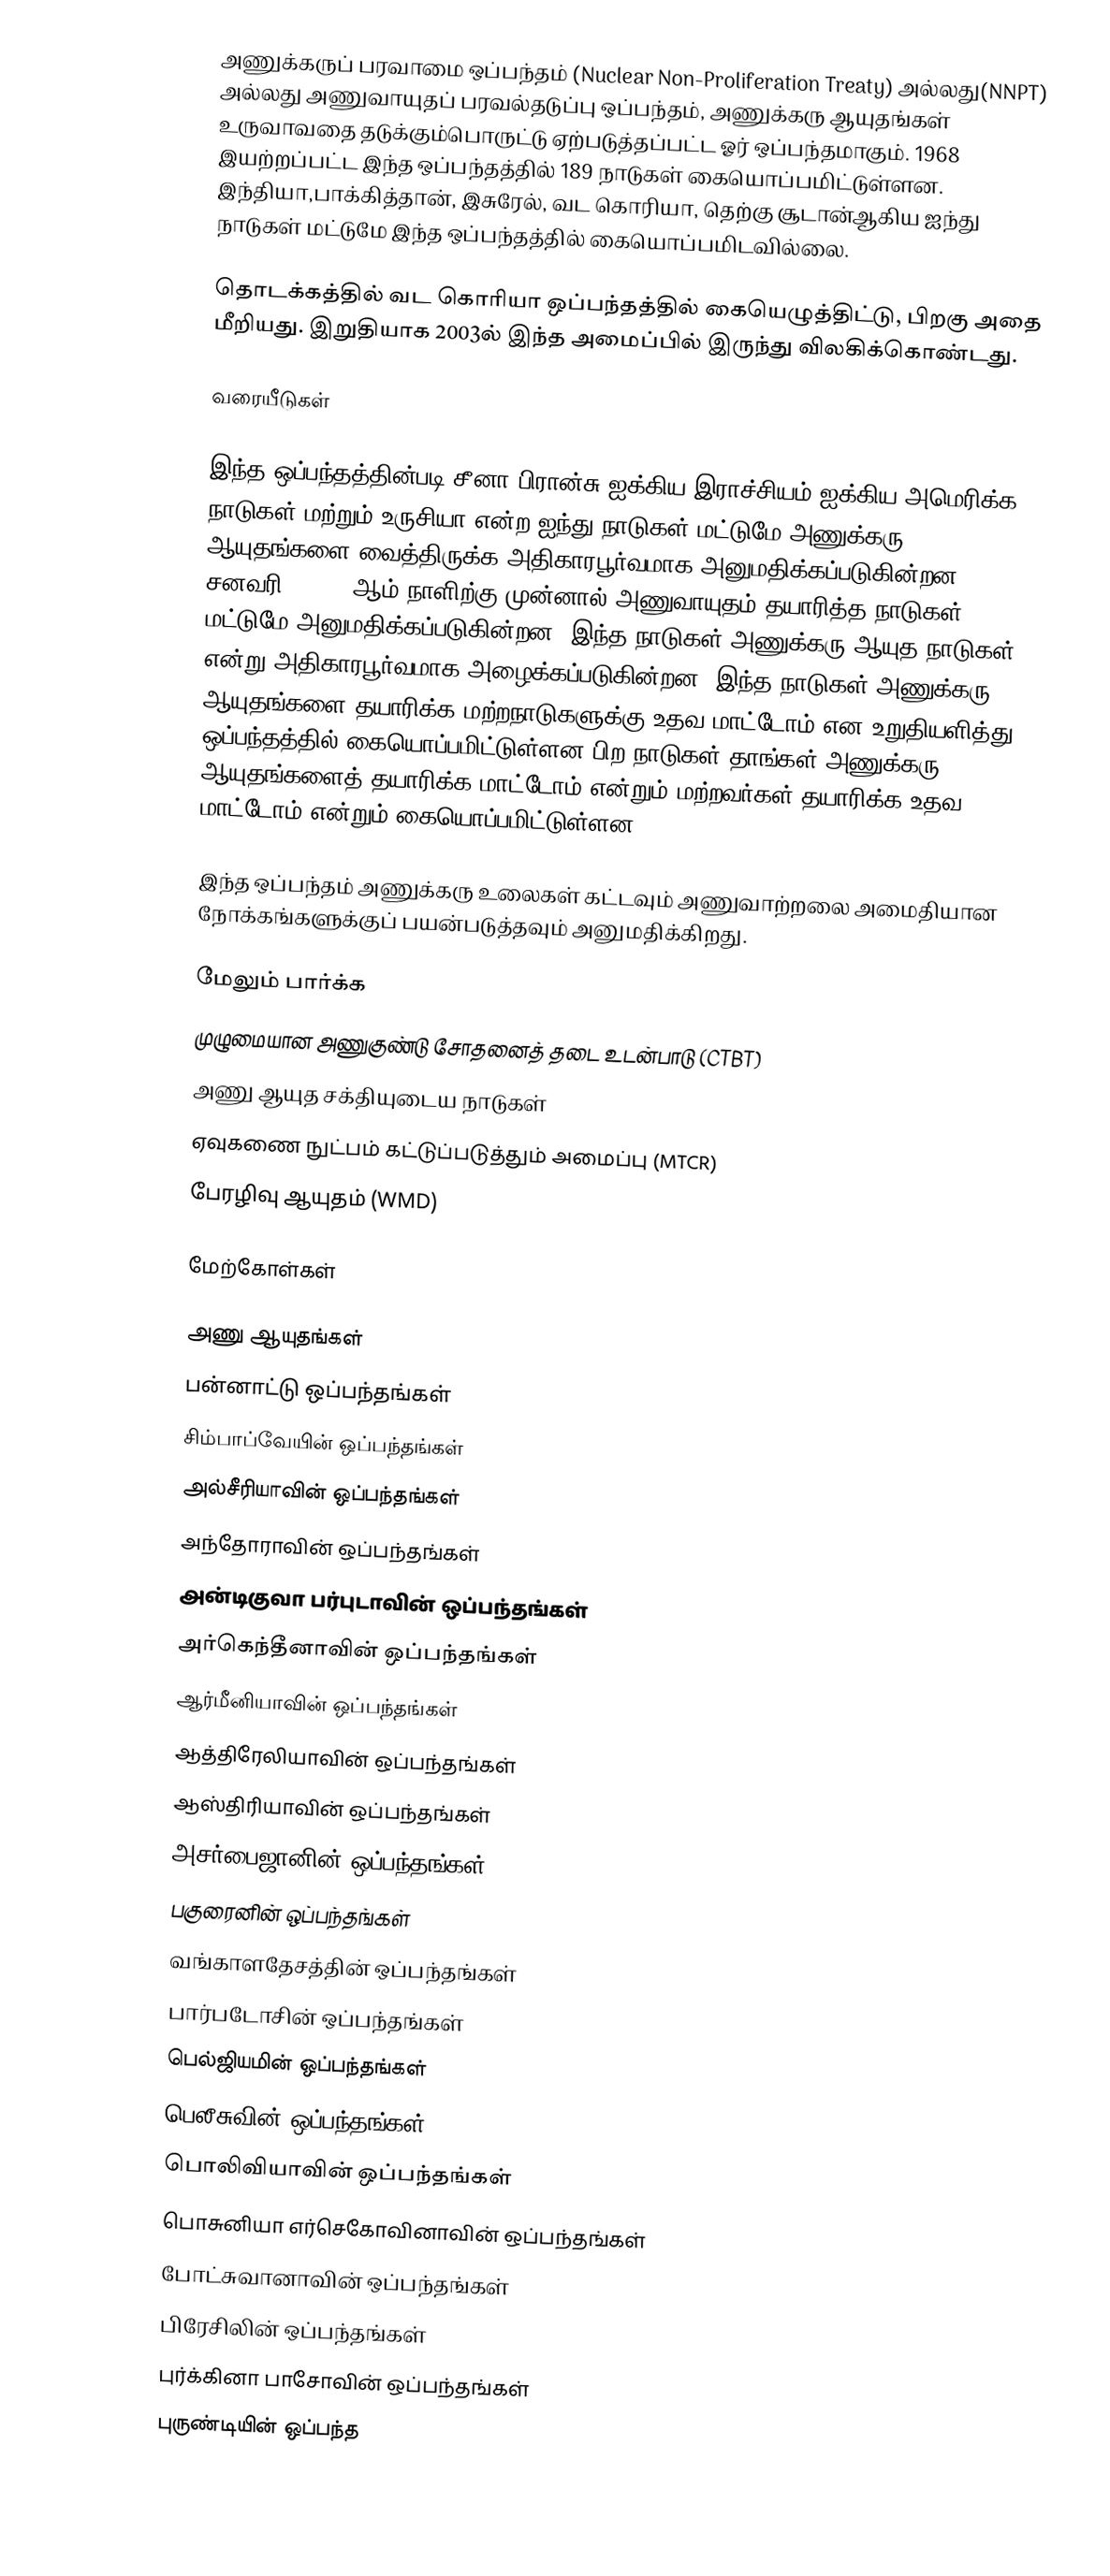
அணுக்கருப் பரவாமை ஒப்பந்தம் (Nuclear Non-Proliferation Treaty) அல்லது(NNPT) அல்லது அணுவாயுதப் பரவல்தடுப்பு ஒப்பந்தம், அணுக்கரு ஆயுதங்கள் உருவாவதை தடுக்கும்பொருட்டு ஏற்படுத்தப்பட்ட ஓர் ஒப்பந்தமாகும். 1968 இயற்றப்பட்ட இந்த ஒப்பந்தத்தில் 189 நாடுகள் கையொப்பமிட்டுள்ளன. இந்தியா,பாக்கித்தான், இசுரேல், வட கொரியா, தெற்கு சூடான்ஆகிய ஐந்து நாடுகள் மட்டுமே இந்த ஒப்பந்தத்தில் கையொப்பமிடவில்லை.

தொடக்கத்தில் வட கொரியா ஒப்பந்தத்தில் கையெழுத்திட்டு, பிறகு அதை மீறியது. இறுதியாக 2003ல் இந்த அமைப்பில் இருந்து விலகிக்கொண்டது.

வரையீடுகள்

இந்த ஒப்பந்தத்தின்படி சீனா,பிரான்சு,ஐக்கிய இராச்சியம்,ஐக்கிய அமெரிக்க நாடுகள் மற்றும் உருசியா என்ற ஐந்து நாடுகள் மட்டுமே அணுக்கரு ஆயுதங்களை வைத்திருக்க அதிகாரபூர்வமாக அனுமதிக்கப்படுகின்றன. சனவரி 1 1967 ஆம் நாளிற்கு முன்னால் அணுவாயுதம் தயாரித்த நாடுகள் மட்டுமே அனுமதிக்கப்படுகின்றன. இந்த நாடுகள் அணுக்கரு ஆயுத நாடுகள் என்று அதிகாரபூர்வமாக அழைக்கப்படுகின்றன. இந்த நாடுகள் அணுக்கரு ஆயுதங்களை தயாரிக்க மற்றநாடுகளுக்கு உதவ மாட்டோம் என உறுதியளித்து ஒப்பந்தத்தில் கையொப்பமிட்டுள்ளன.பிற நாடுகள் தாங்கள் அணுக்கரு ஆயுதங்களைத் தயாரிக்க மாட்டோம் என்றும் மற்றவர்கள் தயாரிக்க உதவ மாட்டோம் என்றும் கையொப்பமிட்டுள்ளன.

இந்த ஒப்பந்தம் அணுக்கரு உலைகள் கட்டவும் அணுவாற்றலை அமைதியான நோக்கங்களுக்குப் பயன்படுத்தவும் அனுமதிக்கிறது.

மேலும் பார்க்க
 முழுமையான அணுகுண்டு சோதனைத் தடை உடன்பாடு (CTBT)
 அணு ஆயுத சக்தியுடைய நாடுகள்
 ஏவுகணை நுட்பம் கட்டுப்படுத்தும் அமைப்பு (MTCR)
 பேரழிவு ஆயுதம் (WMD)

மேற்கோள்கள்

அணு ஆயுதங்கள்
பன்னாட்டு ஒப்பந்தங்கள்
சிம்பாப்வேயின் ஒப்பந்தங்கள்
அல்சீரியாவின் ஒப்பந்தங்கள்
அந்தோராவின் ஒப்பந்தங்கள்
அன்டிகுவா பர்புடாவின் ஒப்பந்தங்கள்
அர்கெந்தீனாவின் ஒப்பந்தங்கள்
ஆர்மீனியாவின் ஒப்பந்தங்கள்
ஆத்திரேலியாவின் ஒப்பந்தங்கள்
ஆஸ்திரியாவின் ஒப்பந்தங்கள்
அசர்பைஜானின் ஒப்பந்தங்கள்
பகுரைனின் ஒப்பந்தங்கள்
வங்காளதேசத்தின் ஒப்பந்தங்கள்
பார்படோசின் ஒப்பந்தங்கள்
பெல்ஜியமின் ஒப்பந்தங்கள்
பெலீசுவின் ஒப்பந்தங்கள்
பொலிவியாவின் ஒப்பந்தங்கள்
பொசுனியா எர்செகோவினாவின் ஒப்பந்தங்கள்
போட்சுவானாவின் ஒப்பந்தங்கள்
பிரேசிலின் ஒப்பந்தங்கள்
புர்க்கினா பாசோவின் ஒப்பந்தங்கள்
புருண்டியின் ஒப்பந்த